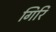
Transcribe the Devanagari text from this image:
गिरि